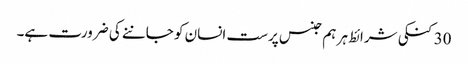
30 کنکی شرائط ہر ہم جنس پرست انسان کو جاننے کی ضرورت ہے۔